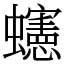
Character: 䘆